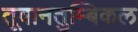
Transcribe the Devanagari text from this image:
तूवानतुम्बिकल